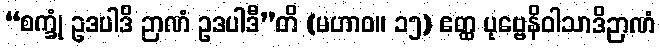
“စက္ခုံ ဥဒပါဒိ ဉာဏံ ဥဒပါဒီ”တိ (မဟာဝ။ ၁၅) ဧတ္ထ ပုဗ္ဗေနိဝါသာဒိဉာဏံ